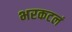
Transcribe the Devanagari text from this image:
भरकटलं